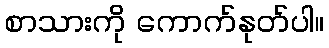
စာသားကို ကောက်နုတ်ပါ။